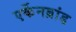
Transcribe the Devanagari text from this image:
एर्केनब्रांड